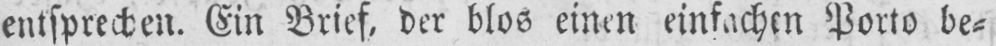
entsprechen. Ein Brief, der blos einen einfachen Porto be⸗